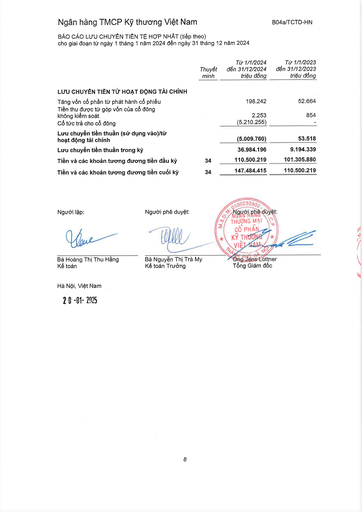
||Thuyết minh|Từ 1/1/2024 đến 31/12/2024 triệu đồng|Từ 1/1/2023 đến 31/12/2023 triệu đồng| |---|---|---|---| |LƯU CHUYỂN TIỀN TỪ HOẠT ĐỘNG TÀI CHÍNH|||| |Tăng vốn cổ phần từ phát hành cổ phiếu||198.242|52.664| |Tiền thu được từ góp vốn của cổ đông không kiểm soát||2.253|854| |Cổ tức trả cho cổ đông||(5.210.255)|| |Lưu chuyển tiền thuần (sử dụng vào)/từ hoạt động tài chính||(5.009.760)|53.518| |Lưu chuyển tiền thuần trong kỳ||36.984.196|9.194.339| |Tiền và các khoản tương đương tiền đầu kỳ|34|110.500.219|101.305.880| |Tiền và các khoản tương đương tiền cuối kỳ|34|147.484.415|110.500.219|